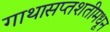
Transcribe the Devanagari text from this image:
गाथासप्तशतीमधून